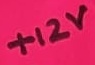
Text: +12V